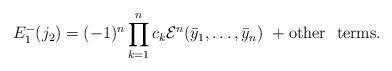
LaTeX: \begin{align*}E_1^-(j_2)=(-1)^n\prod_{k=1}^n c_k {\cal E}^n(\bar y_1,\dots ,\bar y_n)\ +{\rm other\ \ terms}.\end{align*}